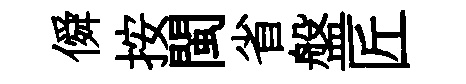
僢按閩省盤匠